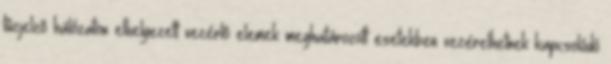
tûzjelzõ hálózaton elhelyezett vezérlõ elemek meghatározott esetekben vezérelhetnek kapcsolódó